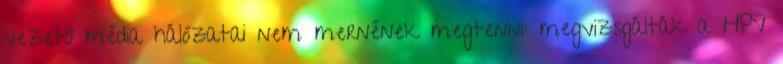
vezető média hálózatai nem mernének megtenni: megvizsgálták a HPV